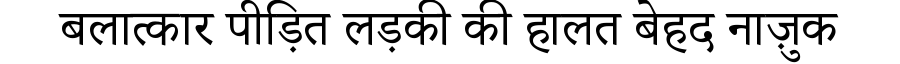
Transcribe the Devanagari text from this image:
बलात्कार पीड़ित लड़की की हालत बेहद नाज़ुक